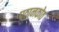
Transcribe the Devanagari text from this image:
पठानकोठ